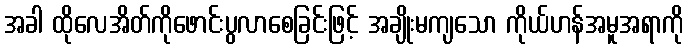
အခါ ထိုလေအိတ်ကိုဖောင်းပွလာစေခြင်းဖြင့် အချိုးမကျသော ကိုယ်ဟန်အမူအရာကို